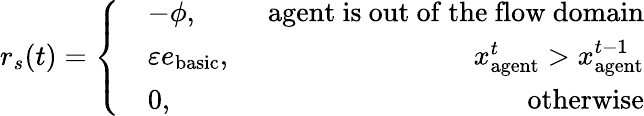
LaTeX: r_{s}(t)=\left\{ \begin{array}{rlr}&{-\phi,\ }&{\mathrm{agent~is~out~of~the~flow~domain}}\\ &{\varepsilon e_{\mathrm{basic}},\ }&{x_{\mathrm{agent}}^{t}>x_{\mathrm{agent}}^{t-1}}\\ &{0,\ }&{\mathrm{otherwise}}\end{array}\right.